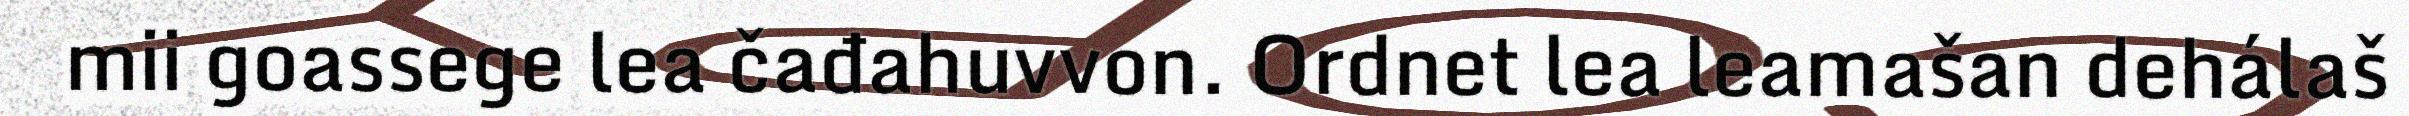
mii goassege lea čađahuvvon. Ordnet lea leamašan dehálaš